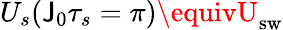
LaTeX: U_{s}(\mathsf{J}_{0}\tau_{s}=\pi)\equivU_{\mathrm{{{sw}}}}